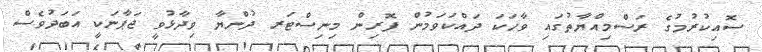
ސޮއިކުރުމުގެ ރަސްމިއްޔާތުގައި ވާހަކަ ދައްކަވަމުން ފޮރިން މިނިސްޓަރ ދުންޔާ ވިދާޅުވީ ޖަޕާނަކީ އަބަދުވެސް